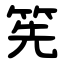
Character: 筅